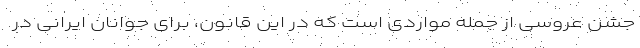
جشن عروسی از جمله مواردی است که در این قانون، برای جوانان ایرانی در